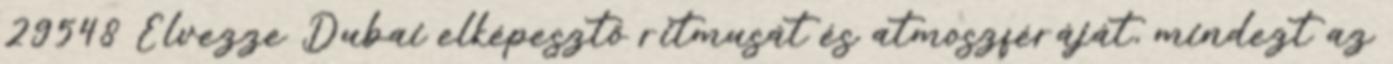
29548 Élvezze Dubai elképesztő ritmusát és atmoszféráját, mindezt az